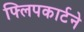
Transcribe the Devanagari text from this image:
फ्लिपकार्टने